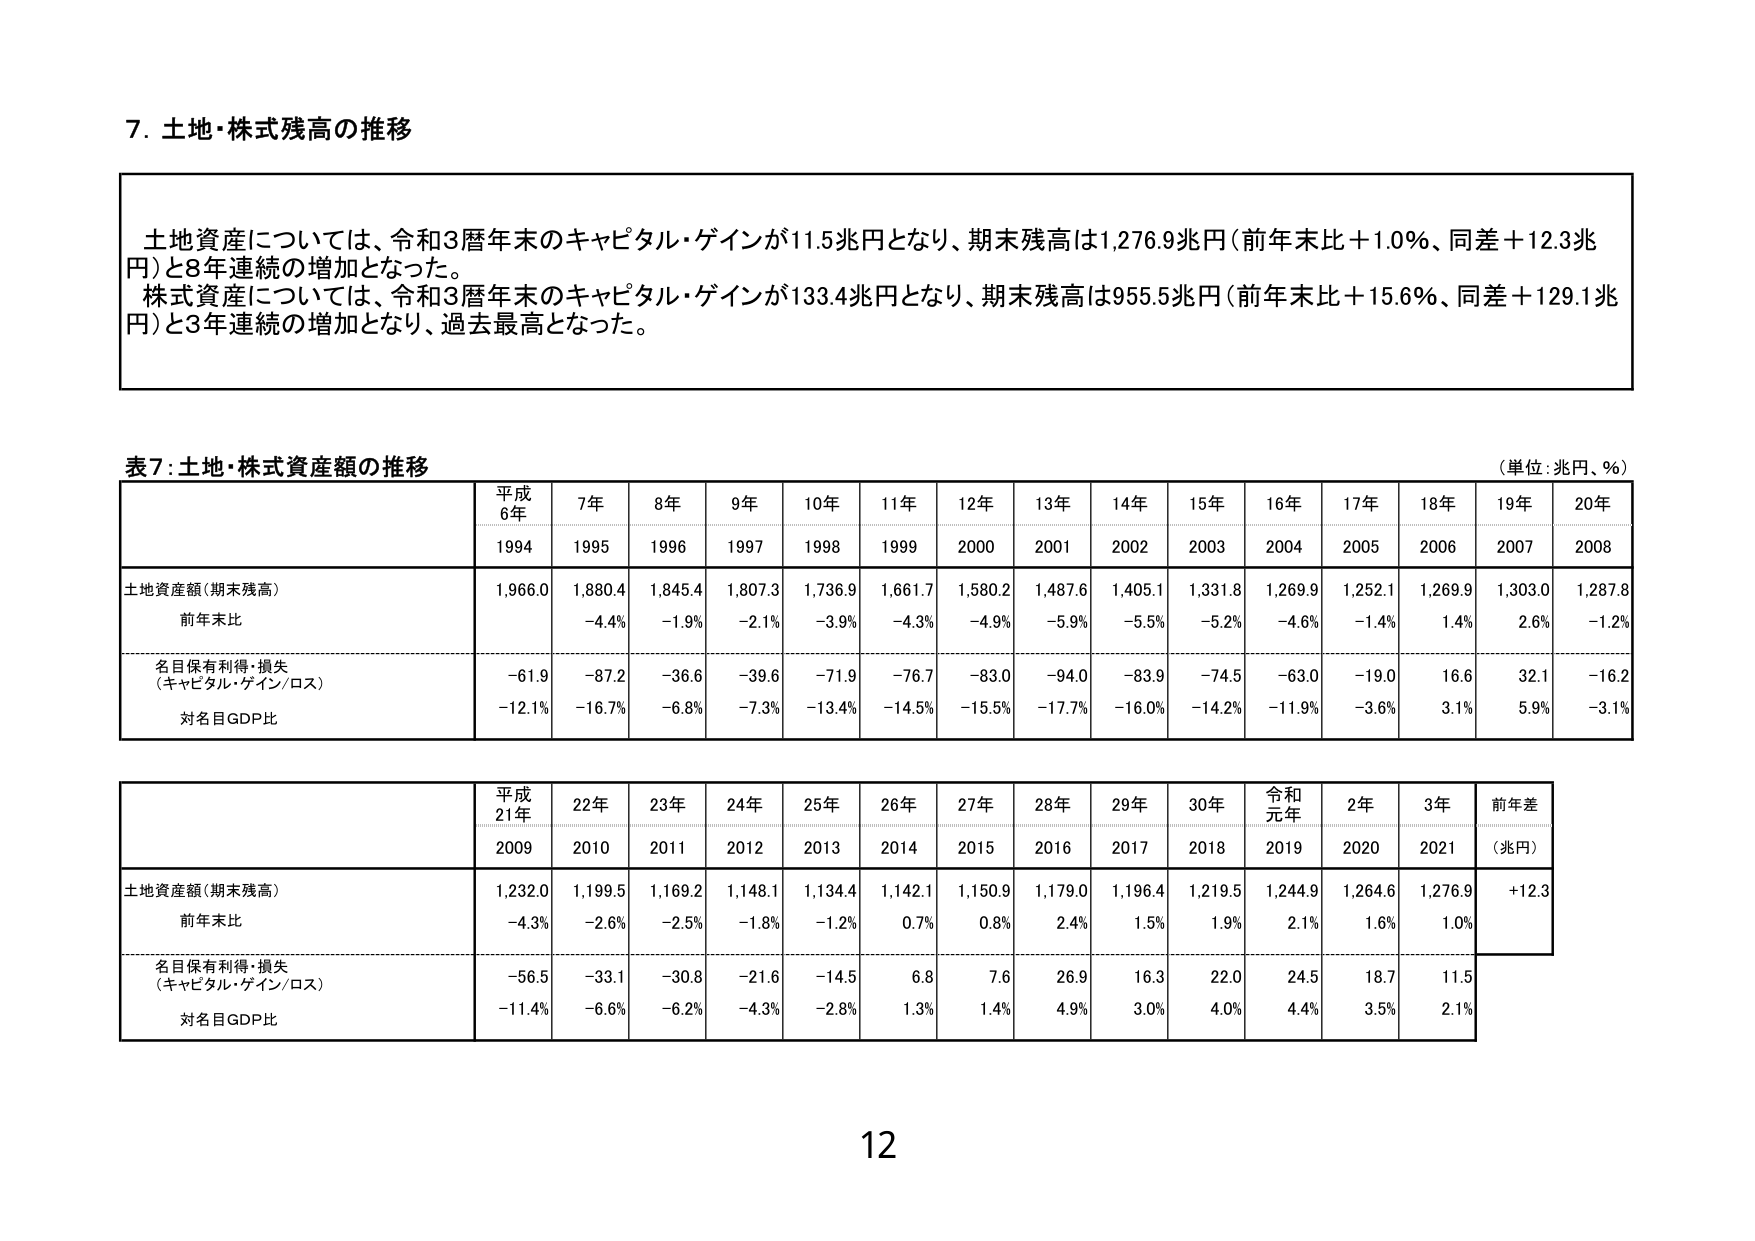
7. 土地・株式残高の推移

土地資産については、令和3暦年末のキャピタル・ゲインが11.5兆円となり、期末残高は1,276.9兆円（前年末比＋1.0％、同差＋12.3兆円）と8年連続の増加となった。
株式資産については、令和3暦年末のキャピタル・ゲインが133.4兆円となり、期末残高は955.5兆円（前年末比＋15.6％、同差＋129.1兆円）と3年連続の増加となり、過去最高となった。

表7：土地・株式資産額の推移
（単位：兆円、％）

平成
6年
7年
8年
9年
10年
11年
12年
13年
14年
15年
16年
17年
18年
19年
20年
1994
1995
1996
1997
1998
1999
2000
2001
2002
2003
2004
2005
2006
2007
2008

土地資産額（期末残高）
1,966.0
1,880.4
1,845.4
1,807.3
1,736.9
1,661.7
1,580.2
1,487.6
1,405.1
1,331.8
1,269.9
1,252.1
1,269.9
1,303.0
1,287.8

前年末比
－4.4％
－1.9％
－2.1％
－3.9％
－4.3％
－4.9％
－5.9％
－5.5％
－5.2％
－4.6％
－1.4％
1.4％
2.6％
－1.2％

名目保有利得・損失
（キャピタル・ゲイン／ロス）
－61.9
－87.2
－36.6
－39.6
－71.9
－76.7
－83.0
－94.0
－83.9
－74.5
－63.0
－19.0
16.6
32.1
－16.2

対名目GDP比
－12.1％
－16.7％
－6.8％
－7.3％
－13.4％
－14.5％
－15.5％
－17.7％
－16.0％
－14.2％
－11.9％
－3.6％
3.1％
5.9％
－3.1％

平成
21年
22年
23年
24年
25年
26年
27年
28年
29年
30年
令和
元年
2年
3年
前年差
2009
2010
2011
2012
2013
2014
2015
2016
2017
2018
2019
2020
2021
（兆円）

土地資産額（期末残高）
1,232.0
1,199.5
1,169.2
1,148.1
1,134.4
1,142.1
1,150.9
1,179.0
1,196.4
1,219.5
1,244.9
1,264.6
1,276.9
＋12.3

前年末比
－4.3％
－2.6％
－2.5％
－1.8％
－1.2％
0.7％
0.8％
2.4％
1.5％
1.9％
2.1％
1.6％
1.0％

名目保有利得・損失
（キャピタル・ゲイン／ロス）
－56.5
－33.1
－30.8
－21.6
－14.5
6.8
7.6
26.9
16.3
22.0
24.5
18.7
11.5

対名目GDP比
－11.4％
－6.6％
－6.2％
－4.3％
－2.8％
1.3％
1.4％
4.9％
3.0％
4.0％
4.4％
3.5％
2.1％

12